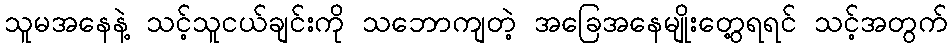
သူမအနေနဲ့ သင့်သူငယ်ချင်းကို သဘောကျတဲ့ အခြေအနေမျိုးတွေ့ရရင် သင့်အတွက်